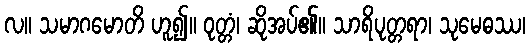
လ။ သမာဂမောတိ ဟူ၍။ ဝုတ္တံ၊ ဆိုအပ်၏။ သာရိပုတ္တရာ၊ သုမေဓဿ၊